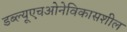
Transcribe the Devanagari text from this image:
डब्‍ल्‍यूएचओनेविकासशील